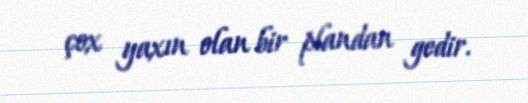
çox yaxın olan bir plandan gedir.